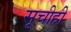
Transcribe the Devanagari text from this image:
सूचीही